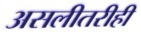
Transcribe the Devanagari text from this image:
असलीतरीही